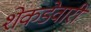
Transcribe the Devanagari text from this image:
शेकडेवारी